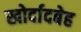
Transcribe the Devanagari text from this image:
खोर्दादबेह